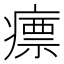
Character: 瘭